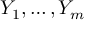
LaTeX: Y _ { 1 } , \dots , Y _ { m }